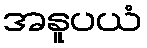
အနူပယံ